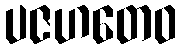
ပဇဟတေဝ